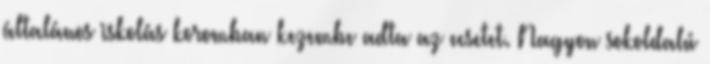
általános iskolás koromban kezembe adta az ecsetet. Nagyon sokoldalú